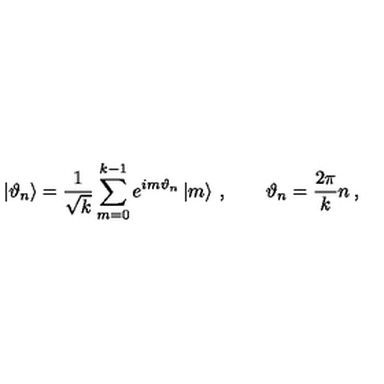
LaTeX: \left| \vartheta _ { n } \right\rangle = \frac { 1 } { \sqrt { k } } \sum _ { m = 0 } ^ { k - 1 } e ^ { i m \vartheta _ { n } } \left| m \right\rangle \: , \qquad \vartheta _ { n } = \frac { 2 \pi } { k } n \: ,